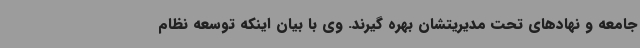
جامعه و نهادهای تحت مدیریتشان بهره گیرند. وی با بیان اینکه توسعه نظام